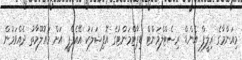
މިއަންމާގެ ރިލީފް އެންޑް ރިސެޓްލްމަންޓް ޑިޕާޓްމަންޓުގެ އޮފިޝަލަކު އޭއެފްޕީ އަށް މައުލޫމާތު ދެއްވަމުން